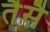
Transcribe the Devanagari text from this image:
तैसै